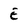
Character: E